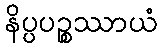
နိပ္ပပဉ္စဿာယံ